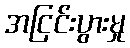
အငြင်းပွားမှု